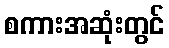
စကားအဆုံးတွင်